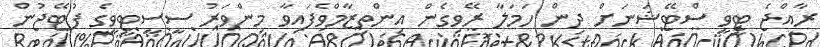
ރާއްޖެ ޓީވީ ސްޓޭޝަނަށް ދިން ހަމަލާ ރޭވިގެން އިންތިޒާމްވެފައިވާ މިންވަރު ސީސީޓީވީގެ ފުޓޭޖުން